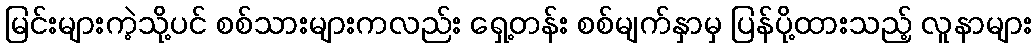
မြင်းများကဲ့သို့ပင် စစ်သားများကလည်း ရှေ့တန်း စစ်မျက်နှာမှ ပြန်ပို့ထားသည့် လူနာများ